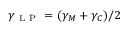
\gamma _ { \mathrm { ~ L ~ P ~ } } = ( \gamma _ { M } + \gamma _ { C } ) / 2